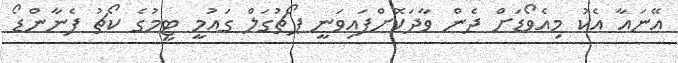
އޭނައާ އެކު މިއެވޯޑަށް ދެން ވާދަކޮށްފައިވަނީ ޕޯޗުގަލް ގައުމީ ޓީމުގެ ކޯޗު ފެނާންޑޯ